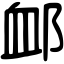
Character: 䘏